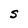
Character: S